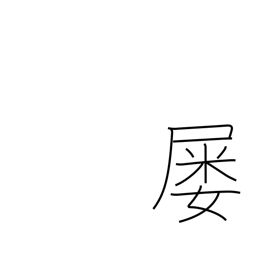
Meaning: frequently